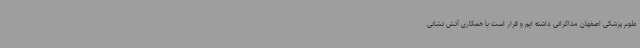
علوم پزشکی اصفهان مذاکراتی داشته ایم و قرار است با همکاری آتش نشانی